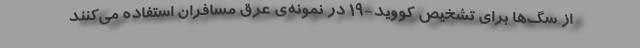
از سگ‌ها برای تشخیص کووید-۱۹ در نمونه‌ی عرق مسافران استفاده می‌کنند